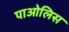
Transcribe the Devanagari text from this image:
पाओलिस